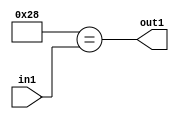
`timescale 1ps / 1ps
/*****************************************************************************
    Verilog RTL Description
    
    
    Created by: Stratus DpOpt 21.05.01 
*******************************************************************************/

module dut_Equal_1U_53_4 (
	in1,
	out1
	); /* architecture "behavioural" */ 
input [5:0] in1;
output  out1;
wire  asc001;

assign asc001 = (11'B00000101000==in1);

assign out1 = asc001;
endmodule

/* CADENCE  urb2TA8= : u9/ySxbfrwZIxEzHVQQV8Q== ** DO NOT EDIT THIS LINE ******/